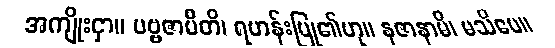
အကျိုးငှာ။ ပဗ္ဗဇာမီတိ၊ ရဟန်းပြု၏ဟု။ နဇာနာမိ၊ မသိပေ။